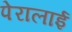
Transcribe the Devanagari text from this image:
पेरालाई